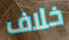
خلاف